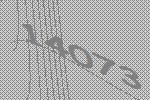
14073